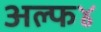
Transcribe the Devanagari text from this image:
अल्फ४